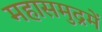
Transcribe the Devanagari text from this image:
महासमुद्रमें